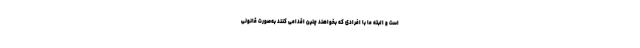
است و البته ما با افرادی که بخواهند چنین اقدامی کنند به‌صورت قانونی